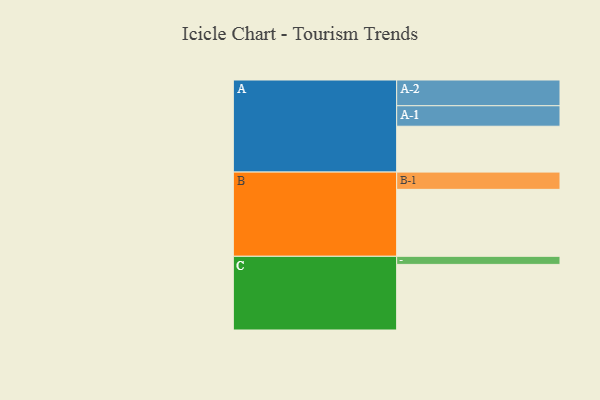
{"axis": {"x": "Segment", "y": "Value"}, "legend": ["", "A", "B", "C"], "data": [{"x": "A", "y": 374, "type": ""}, {"x": "B", "y": 546, "type": ""}, {"x": "C", "y": 535, "type": ""}, {"x": "A-1", "y": 167, "type": "A"}, {"x": "A-2", "y": 210, "type": "A"}, {"x": "B-1", "y": 141, "type": "B"}, {"x": "C-1", "y": 66, "type": "C"}]}